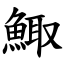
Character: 鯫